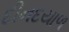
દીનદયાળ